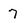
Character: 7